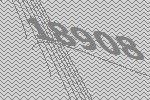
18908